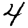
Digit: 4